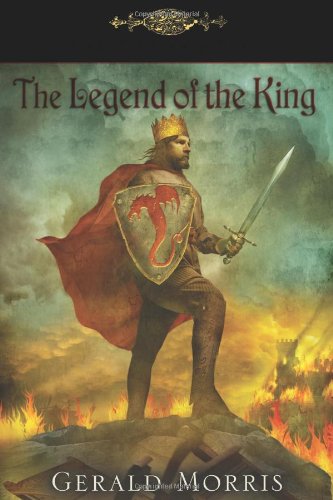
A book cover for The Legend of the King (The Squire's Tales); Gerald Morris; Children's Books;